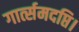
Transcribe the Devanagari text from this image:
गार्त्समदप्ति।